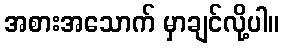
အစားအသောက် မှာချင်လို့ပါ။